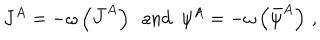
J ^ { A } = - \omega \left( \bar { J } ^ { A } \right) \ \ \mathrm { a n d } \ \ \psi ^ { A } = - \omega \left( \bar { \psi } ^ { A } \right) \, ,